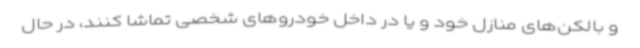
و بالکن‌های منازل خود و یا در داخل خودروهای شخصی تماشا کنند، در حال